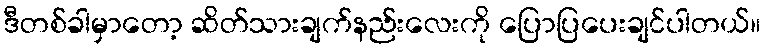
ဒီတစ်ခါမှာတော့ ဆိတ်သားချက်နည်းလေးကို ပြောပြပေးချင်ပါတယ်။